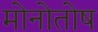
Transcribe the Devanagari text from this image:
मोनोतोष